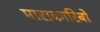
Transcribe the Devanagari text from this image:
माराकारिबो